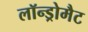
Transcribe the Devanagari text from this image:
लॉन्ड्रोमैट